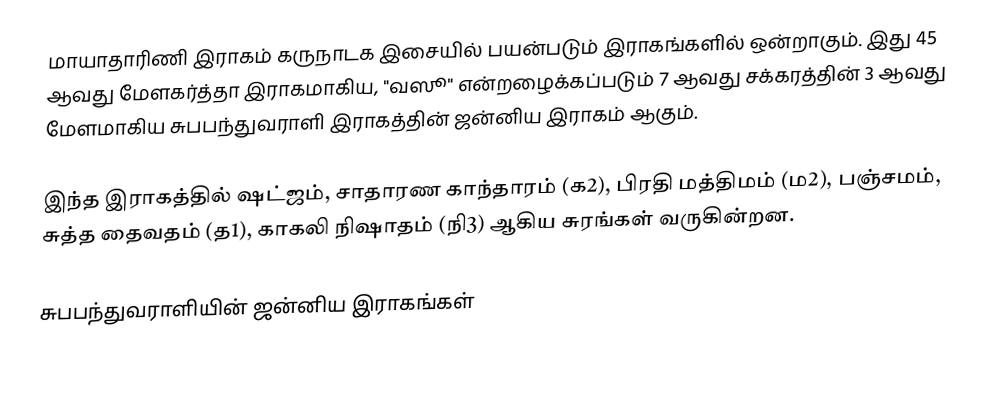
மாயாதாரிணி இராகம் கருநாடக இசையில் பயன்படும் இராகங்களில் ஒன்றாகும். இது 45 ஆவது மேளகர்த்தா இராகமாகிய, "வஸூ" என்றழைக்கப்படும் 7 ஆவது சக்கரத்தின் 3 ஆவது மேளமாகிய சுபபந்துவராளி இராகத்தின் ஜன்னிய இராகம் ஆகும்.

இந்த இராகத்தில் ஷட்ஜம், சாதாரண காந்தாரம் (க2), பிரதி மத்திமம் (ம2), பஞ்சமம், சுத்த தைவதம் (த1), காகலி நிஷாதம்  (நி3) ஆகிய சுரங்கள் வருகின்றன.

சுபபந்துவராளியின் ஜன்னிய இராகங்கள்